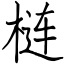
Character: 梿